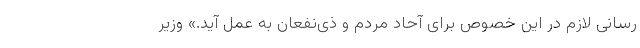
رسانی لازم در این خصوص برای آحاد مردم و ذی‌نفعان به عمل آید.» وزیر